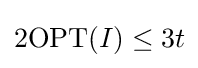
2\mathrm {OPT} (I)\leq 3t